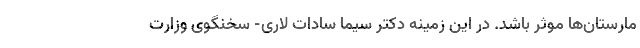
مارستان‌ها موثر باشد. در این زمینه دکتر سیما سادات لاری- سخنگوی وزارت